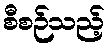
စီစဉ်သည့်